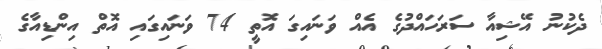
ދެކުނު އޭޝިއާ ސަރަހައްދުގެ އެއް ވަނައިގަ އޮތީ 74 ވަނައިގައި އޮތް އިންޑިއާގެ